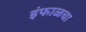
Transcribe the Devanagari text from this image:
इंफाळचा